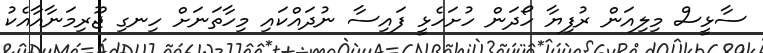
ސާޅީސް މިލިއަން ރުފިޔާ ހޯދަން ހުށަހެޅީ ފައިސާ ނުދައްކައި މިހާތަނަށް ހިނގި ޖޫރިމަނާއާއެކު